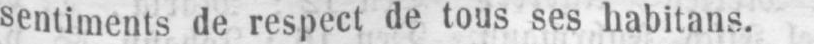
sentiments de respect de tous ses habitans.